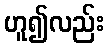
ဟူ၍လည်း